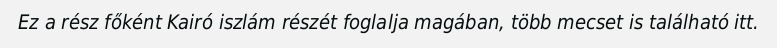
Ez a rész főként Kairó iszlám részét foglalja magában, több mecset is található itt.